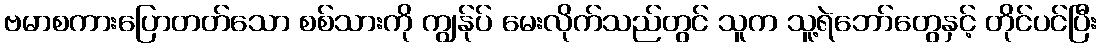
ဗမာစကားပြောတတ်သော စစ်သားကို ကျွန်ုပ် မေးလိုက်သည်တွင် သူက သူ့ရဲဘော်တွေနှင့် တိုင်ပင်ပြီး